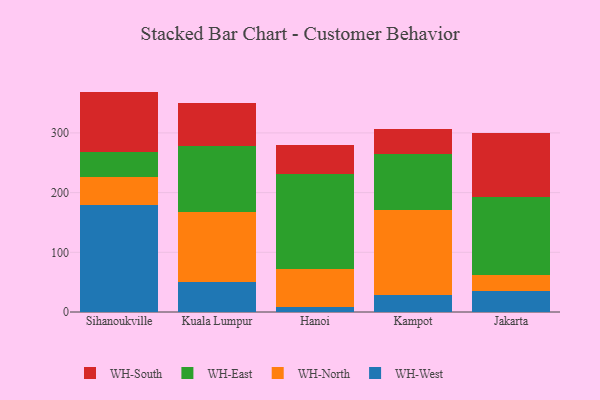
{"axis": {"x": "City", "y": "Waste Production (Tons)"}, "legend": ["WH-East", "WH-North", "WH-South", "WH-West"], "data": [{"x": "Sihanoukville", "y": 178.5, "type": "WH-West"}, {"x": "Sihanoukville", "y": 48.2, "type": "WH-North"}, {"x": "Sihanoukville", "y": 41.5, "type": "WH-East"}, {"x": "Sihanoukville", "y": 101.0, "type": "WH-South"}, {"x": "Kuala Lumpur", "y": 50.2, "type": "WH-West"}, {"x": "Kuala Lumpur", "y": 116.9, "type": "WH-North"}, {"x": "Kuala Lumpur", "y": 110.5, "type": "WH-East"}, {"x": "Kuala Lumpur", "y": 73.3, "type": "WH-South"}, {"x": "Hanoi", "y": 8.2, "type": "WH-West"}, {"x": "Hanoi", "y": 64.4, "type": "WH-North"}, {"x": "Hanoi", "y": 158.1, "type": "WH-East"}, {"x": "Hanoi", "y": 48.6, "type": "WH-South"}, {"x": "Kampot", "y": 28.5, "type": "WH-West"}, {"x": "Kampot", "y": 141.6, "type": "WH-North"}, {"x": "Kampot", "y": 95.0, "type": "WH-East"}, {"x": "Kampot", "y": 42.2, "type": "WH-South"}, {"x": "Jakarta", "y": 34.9, "type": "WH-West"}, {"x": "Jakarta", "y": 26.9, "type": "WH-North"}, {"x": "Jakarta", "y": 131.2, "type": "WH-East"}, {"x": "Jakarta", "y": 106.9, "type": "WH-South"}]}